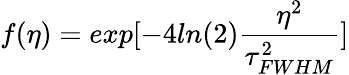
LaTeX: f(\eta)=exp[-4ln(2)\frac{\eta^{2}}{\tau_{FWHM}^{2}}]